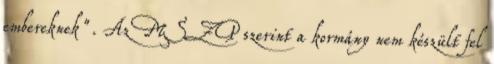
embereknek". Az MSZP szerint a kormány nem készült fel